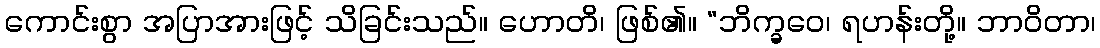
ကောင်းစွာ အပြာအားဖြင့် သိခြင်းသည်။ ဟောတိ၊ ဖြစ်၏။ “ဘိက္ခဝေ၊ ရဟန်းတို့။ ဘာဝိတာ၊